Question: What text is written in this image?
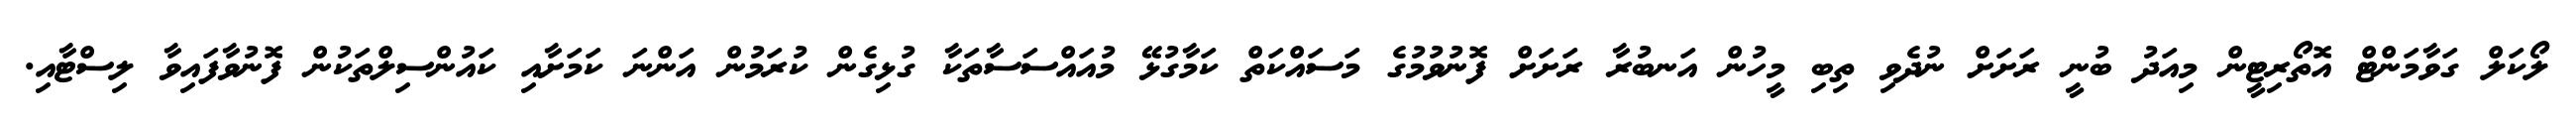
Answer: ލޯކަލް ގަވާމަންޓް އޮތޯރިޓީން މިއަދު ބުނީ ރަށަށް ނުދެވި ތިބި މީހުން އަނބުރާ ރަށަށް ފޮނުވުމުގެ މަސައްކަތް ކަމާގުޅޭ މުއައްސަސާތަކާ ގުޅިގެން ކުރަމުން އަންނަ ކަމަށާއި ކައުންސިލްތަކުން ފޮނުވާފައިވާ ލިސްޓާއި.